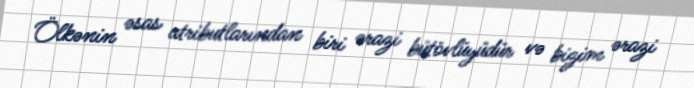
Ölkənin əsas atributlarından biri ərazi bütövlüyüdür və bizim ərazi